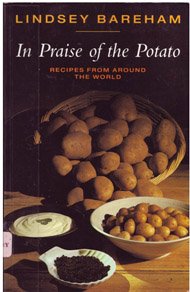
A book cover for In Praise of the Potato: Recipes from Around the World; Lindsey Bareham; Cookbooks, Food & Wine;